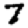
Digit: 7